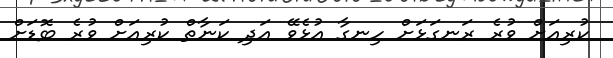
ކުރިއަށް ވުރެ ރަނގަޅަށް ހިނގާ އުޅެވޭ އަދި ކަނާތް ކުރިއަށް ވުރެ ބޮޑަށް